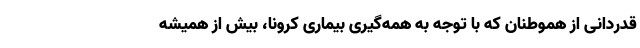
قدردانی از هموطنان که با توجه به همه‌گیری بیماری کرونا، بیش از همیشه